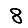
Digit: 8